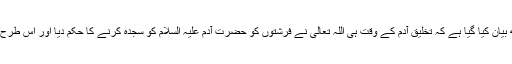
قرآن حکیم میں شرف انسانیت وضاحت کے ساتھ بیان کیا گیا ہے کہ تخلیق آدم کے وقت ہی اللہ تعالیٰ نے فرشتوں کو حضرت آدم علیہ السلام کو سجدہ کرنے کا حکم دیا اور اس طرح نسل آدم کو تمام مخلوق پر فضیلت عطا کی گئی۔